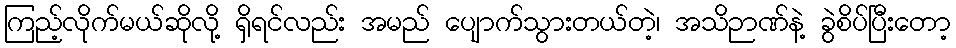
ကြည့်လိုက်မယ်ဆိုလို့ ရှိရင်လည်း အမည် ပျောက်သွားတယ်တဲ့၊ အသိဉာဏ်နဲ့ ခွဲစိပ်ပြီးတော့